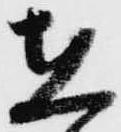
在